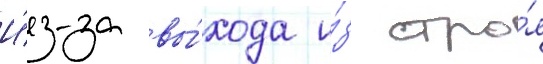
И́з-за вы́хода и́з стро́я